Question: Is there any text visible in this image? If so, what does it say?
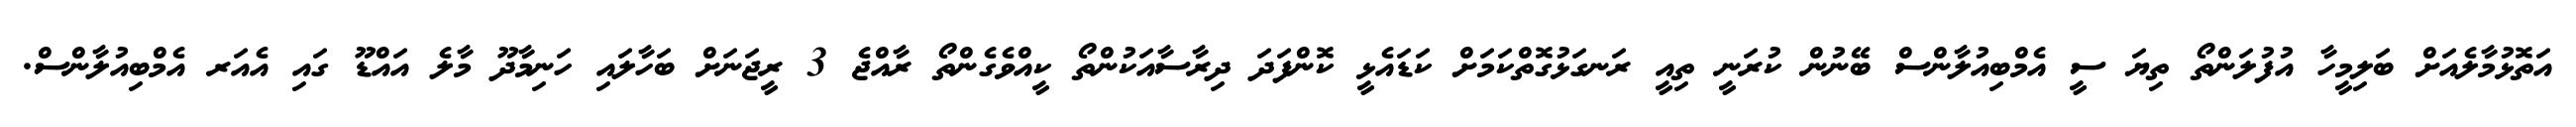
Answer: އަތޮޅުމާލެއަށް ބަލިމީހާ އުފުލަންތޯ ތިޔަ ސީ އެމްބިއުލާންސް ބޭނުން ކުރަނީ ތިއީ ރަނގަޅުގޮތްކަމަށް ކަޑައެޅީ ކޮންފަދަ ދިރާސާއަކުންތޯ ކީއްވެގެންތޯ ރާއްޖެ 3 ރީޖަނަށް ބަހާލައި ހަނިމާދޫ މާލެ އައްޑޫ ގައި އެއަރ އެމްބިއުލާންސް.